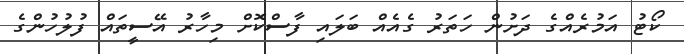
ކޯޓު އަމުރެއްގެ ދަށުން ހަތަރު ގެއެއް ބަލައި ފާސްކޮށް މިހާރު އޭސީތައް ފުލުހުންގެ